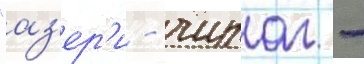
"аз'ер'и - чираг -